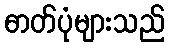
ဓာတ်ပုံများသည်